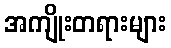
အကျိုးတရားများ